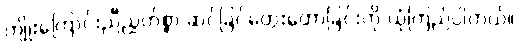
ကျိုးကြောင်းညီညွတ်စွာ ဆင်ခြင်တွေးတောခြင်းကို ယုံကြည်ပါတယ်။